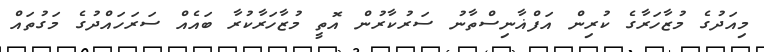
މިއަދުގެ މުޒާހަރާގެ ކުރިން އަފްޣާނިސްތާނު ސަރުކާރުން އޮތީ މުޒާހަރާކުރާ ބައެއް ސަރަހައްދުގެ މަގުތައް